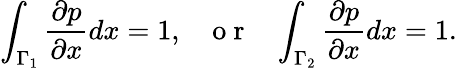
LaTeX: \int_{\Gamma_{1}}\frac{\partial p}{\partial x}dx=1,~~~\mathrm{~o~r~}~~~\int_{\Gamma_{2}}\frac{\partial p}{\partial x}dx=1.